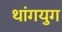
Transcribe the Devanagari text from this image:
थांगयुग